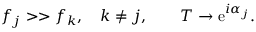
f _ { j } > > f _ { k } , \quad k \not = j , \qquad T \rightarrow \mathrm { e } ^ { i \alpha _ { j } } .